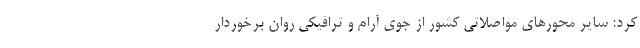
کرد: سایر محورهای مواصلاتی کشور از جوی آرام و ترافیکی روان برخوردار